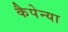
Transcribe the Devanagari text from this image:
कैपेन्या